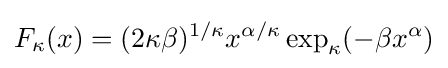
F_{\kappa }(x)=(2\kappa \beta )^{1/\kappa }x^{\alpha /\kappa }\exp _{\kappa }(-\beta x^{\alpha })